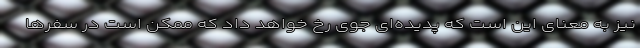
نیز به معنای این است که پدیده‌ای جوی رخ خواهد داد که ممکن است در سفرها